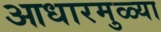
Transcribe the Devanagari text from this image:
आधारमुळ्या